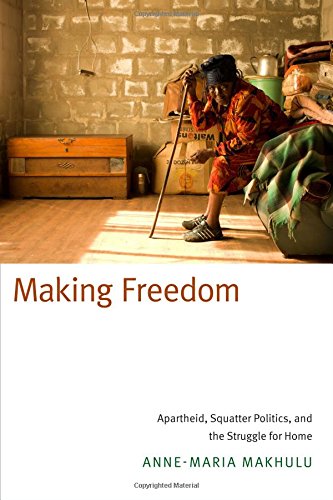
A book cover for Making Freedom: Apartheid, Squatter Politics, and the Struggle for Home; Anne-Maria Makhulu; History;